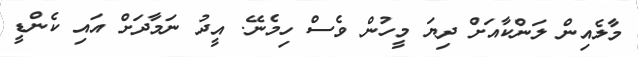
މާލެއިން ލަންކާއަށް ދިޔަ މީހުން ވެސް ހިމެނޭ. އީދު ނަމާދަށް އައި ކެންޑީ